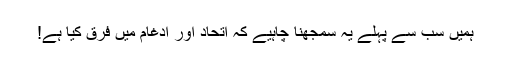
ہمیں سب سے پہلے یہ سمجھنا چاہیے کہ اتحاد اور ادغام میں فرق کیا ہے!